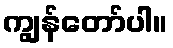
ကျွန်တော်ပါ။